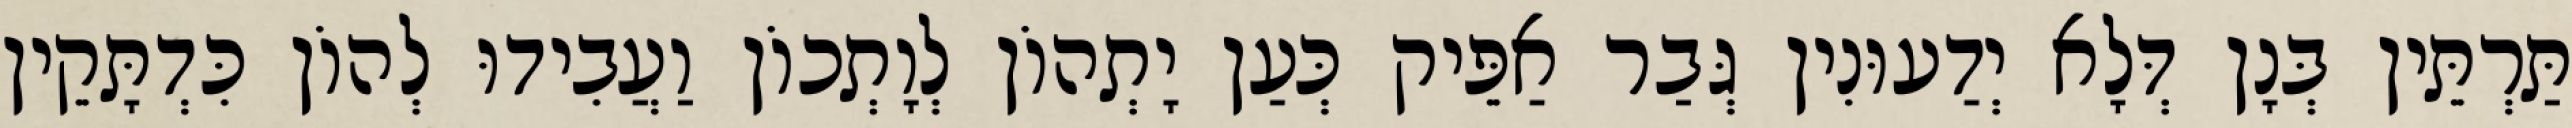
תַּרְתֵּין בְּנָן דְּלָא יְדַעוּנִין גְּבַר אַפֵּיק כְּעַן יָתְהוֹן לְוָתְכוֹן וַעֲבִידוּ לְהוֹן כִּדְתָּקֵין